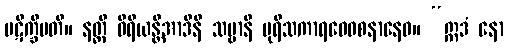
ပဋိက္ခိပတိ။ နတ္ထိ ဝီရိယန္တိအာဒီနိ သဗ္ဗာနိ ပုရိသကာရဝေဝစနာနေဝ။ “ဣဒံ နော